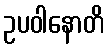
ဥပဝါနောတိ